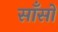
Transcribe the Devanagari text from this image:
साँसो